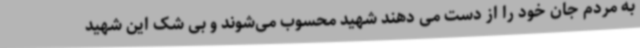
به مردم جان خود را از دست می دهند شهید محسوب می‌شوند و بی شک این شهید